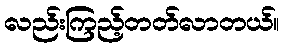
လည်းကြည့်တတ်လာတယ်။